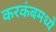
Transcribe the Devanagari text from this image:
करकंबमध्ये